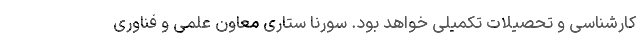
كارشناسی و تحصیلات تكمیلی خواهد بود. سورنا ستاری معاون علمی و فناوری